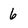
Character: 6